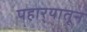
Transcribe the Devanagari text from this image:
पहार्‍यातून